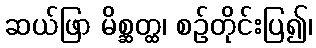
ဆယ်ဖြာ မိစ္ဆတ္ထ၊ စဉ်တိုင်းပြ၍၊